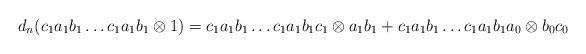
\begin{align*}d_n(c_1a_1b_1 \dots c_1a_1b_1 \otimes 1) = c_1a_1b_1 \dots c_1a_1b_1c_1 \otimes a_1b_1 + c_1a_1b_1 \dots c_1a_1b_1a_0 \otimes b_0c_0\end{align*}